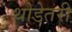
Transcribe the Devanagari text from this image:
थोडेतरी